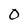
Character: 0